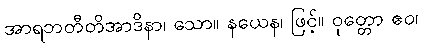
အာရဘတီတိအာဒိနာ၊ သော။ နယေန၊ ဖြင့်။ ဝုတ္တော ဧဝ၊